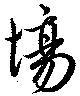
場